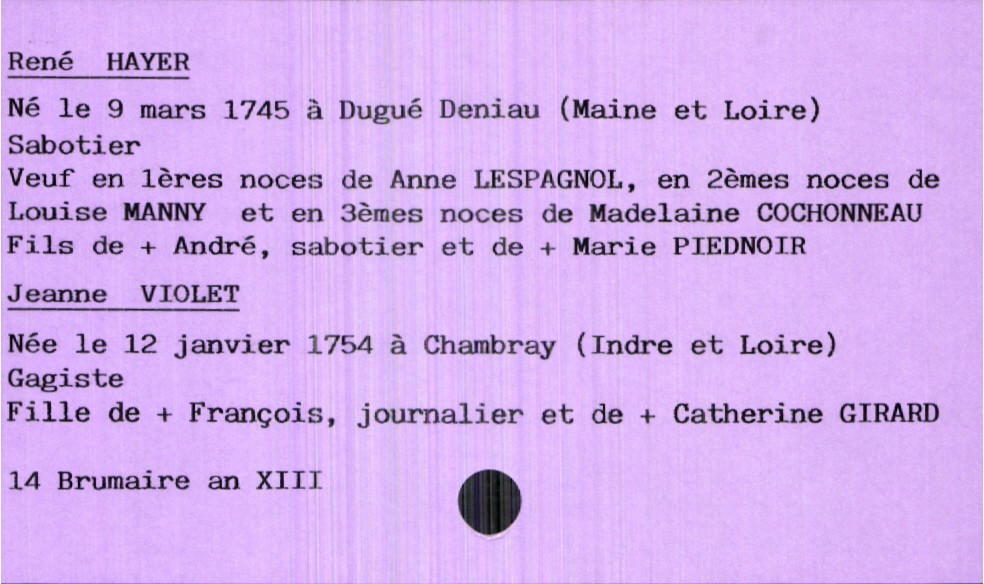
type_acte: Mariage
année: an XIII
mois: brumaire
jour: 14
observations: Marié : 4e mariage : 2e mariage avec Louis Manny, 3e mariage avec Madelaine Cochonneau
marié_nom: Hayer
marié_prénom: René
marié_profession: sabotier
marié_date_de_naissance: 9 mars 1745
marié_lieu_de_naissance: Dugué Deniau (Maine et Loire)
marié_statut: veuf
père_marié_nom: Hayer
père_marié_prénom: André
père_marié_profession: sabotier
père_marié_statut: décédé
mère_marié_nom: Piednoir
mère_marié_prénom: Marie
mère_marié_statut: décédée
mariée_nom: Violet
mariée_prénom: Jeanne
mariée_profession: gagiste
mariée_date_de_naissance: 12 janvier 1754
mariée_lieu_de_naissance: Chambray (Indre et Loire)
père_mariée_nom: Violet
père_mariée_prénom: François
père_mariée_profession: journalier
père_mariée_statut: décédé
mère_mariée_nom: Girard
mère_mariée_prénom: Catherine
mère_mariée_statut: décédée